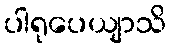
ပါရုပေယျာသိ